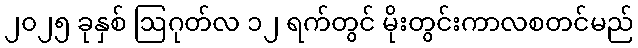
၂၀၂၅ ခုနှစ် ဩဂုတ်လ ၁၂ ရက်တွင် မိုးတွင်းကာလစတင်မည်